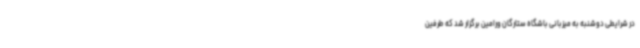
در شرایطی دوشنبه به میزبانی باشگاه ستارگان ورامین برگزار شد که طرفین